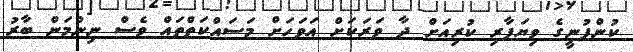
ކުންފުނީގެ ވިޔަފާރި ކުރިއަށް ދާ ވަރަކަށް އަވަހަށް މަސައްކަތްތައް ވެސް ނިންމަން ބާރު